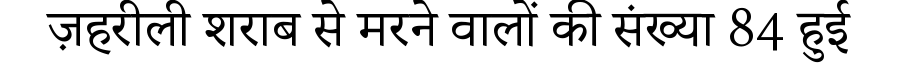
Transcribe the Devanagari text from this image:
ज़हरीली शराब से मरने वालों की संख्या 84 हुई